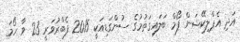
އަދި އެޕްލިކޭޝަން ފޯމް ބަލައިގަތުމުގެ ސުންގަޑިއަކީ 2015 ފެބްރުވަރީ 23 ވާ ހޯމަ